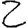
Digit: 2